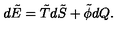
d \tilde { E } = \tilde { T } d \tilde { S } + \tilde { \phi } d Q .